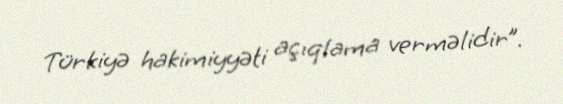
Türkiyə hakimiyyəti açıqlama verməlidir”.